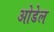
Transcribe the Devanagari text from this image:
ओडेल